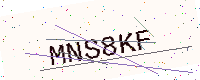
Text: MNS8KF